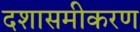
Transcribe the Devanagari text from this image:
दशासमीकरण